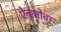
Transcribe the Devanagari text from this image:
ऐनानोवा